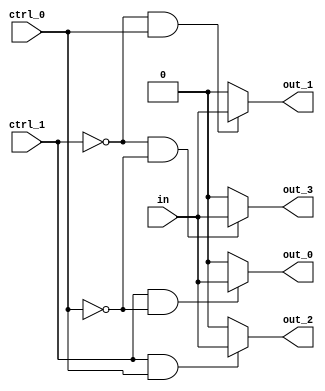
module demux_1to4(
    input wire in,
    input wire ctrl_1,
    input wire ctrl_0,
    output reg out_0,
    output reg out_1,
    output reg out_2,
    output reg out_3
);

always @(*)
begin
    out_0 = (ctrl_1 & ~ctrl_0) ? in : 1'b0;
    out_1 = (~ctrl_1 & ctrl_0) ? in : 1'b0;
    out_2 = (ctrl_1 & ctrl_0) ? in : 1'b0;
    out_3 = (~ctrl_1 & ~ctrl_0) ? in : 1'b0;
end

endmodule